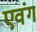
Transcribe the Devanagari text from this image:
एवंग